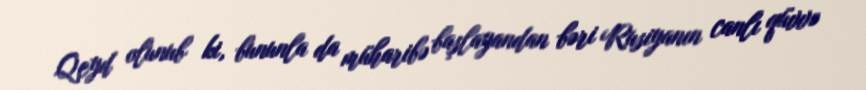
Qeyd olunub ki, bununla da müharibə başlayandan bəri Rusiyanın canlı qüvvə